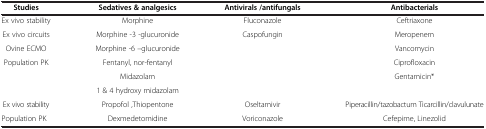
<table><thead><tr><td><b>Studies</b></td><td><b>Sedatives &amp; analgesics</b></td><td><b>Antivirals /antifungals</b></td><td><b>Antibacterials</b></td></tr></thead><tbody><tr><td>Ex vivo stability</td><td>Morphine</td><td>Fluconazole</td><td>Ceftriaxone</td></tr><tr><td>Ex vivo circuits</td><td>Morphine -3 -glucuronide</td><td rowspan="5">Caspofungin</td><td>Meropenem</td></tr><tr><td>Ovine ECMO</td><td>Morphine -6 –glucuronide</td><td>Vancomycin</td></tr><tr><td rowspan="3">Population PK</td><td>Fentanyl, nor-fentanyl</td><td>Ciprofloxacin</td></tr><tr><td>Midazolam</td><td rowspan="2">Gentamicin*</td></tr><tr><td>1 &amp; 4 hydroxy midazolam</td></tr><tr><td>Ex vivo stability</td><td>Propofol ,Thiopentone</td><td>Oseltamivir</td><td>Piperacillin/tazobactum Ticarcillin/clavulunate</td></tr><tr><td>Population PK</td><td>Dexmedetomidine</td><td>Voriconazole</td><td>Cefepime, Linezolid</td></tr></tbody></table>